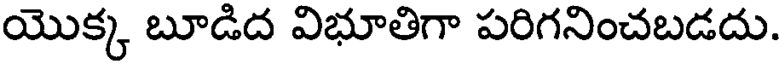
యొక్క బూడిద విభూతిగా పరిగనించబడదు.